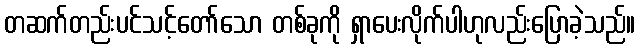
တဆက်တည်းပင်သင့်တော်သော တစ်ခုကို ရှာပေးလိုက်ပါဟုလည်းပြောခဲ့သည်။